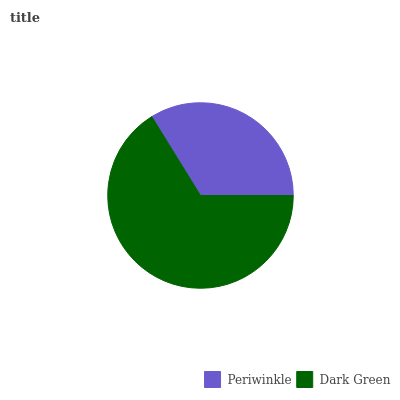
| Periwinkle | Dark Green |
 | --- | --- |
 | 33.8% | 66.2% |